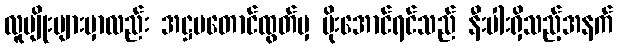
လူမျိုးများမှာလည်း အဋ္ဌမတောင်ထွတ်မှ မိုးအောင်ရင်သည် နီးပါးရှိသည့်အနက်